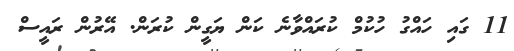
11 ގައި ހައްގު ހުކުމް ކުރައްވާނެ ކަން ޔަގީން ކުރަން. އޭރުން ރައީސް